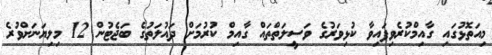
މިއަތޮޅުގައި ގާއިމްކުރެވިފައިވާ ކުޅިވަރުގެ ވަސީލަތްތައް ގާއިމް ކުރުމަށް ދައުލަތުގެ ބަޖެޓުން 12 މިލިޔަނަށްވުރެ